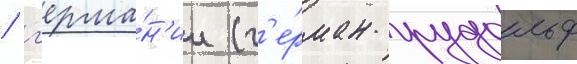
/ г'ерма́н'ии (г'е́рман рудольф